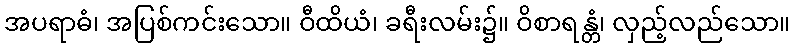
အပရာဓံ၊ အပြစ်ကင်းသော။ ဝီထိယံ၊ ခရီးလမ်း၌။ ဝိစာရန္တံ၊ လှည့်လည်သော။